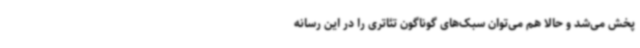
پخش می‌شد و حالا هم می‌توان سبک‌های گوناگون تئاتری را در این رسانه